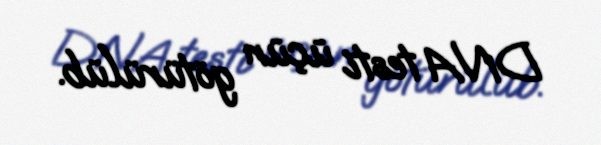
DNA testi üçün götürülüb.